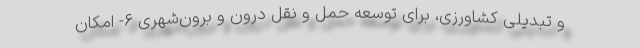
و تبدیلی کشاورزی، برای توسعه حمل و نقل درون و برون‌شهری ۶- امکان